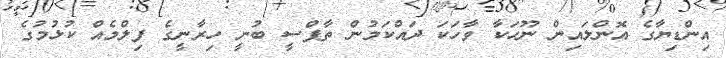
އިންޑިޔާގެ އޮންލައިން ނޫހަކާ ވާހަކަ ދައްކަމުން ތާޕްސީ ބުނީ ހިރާނީގެ ފިލްމެއް ކުޅުމުގެ